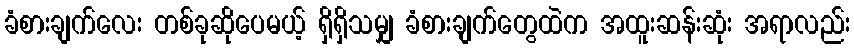
ခံစားချက်လေး တစ်ခုဆိုပေမယ့် ရှိရှိသမျှ ခံစားချက်တွေထဲက အထူးဆန်းဆုံး အရာလည်း